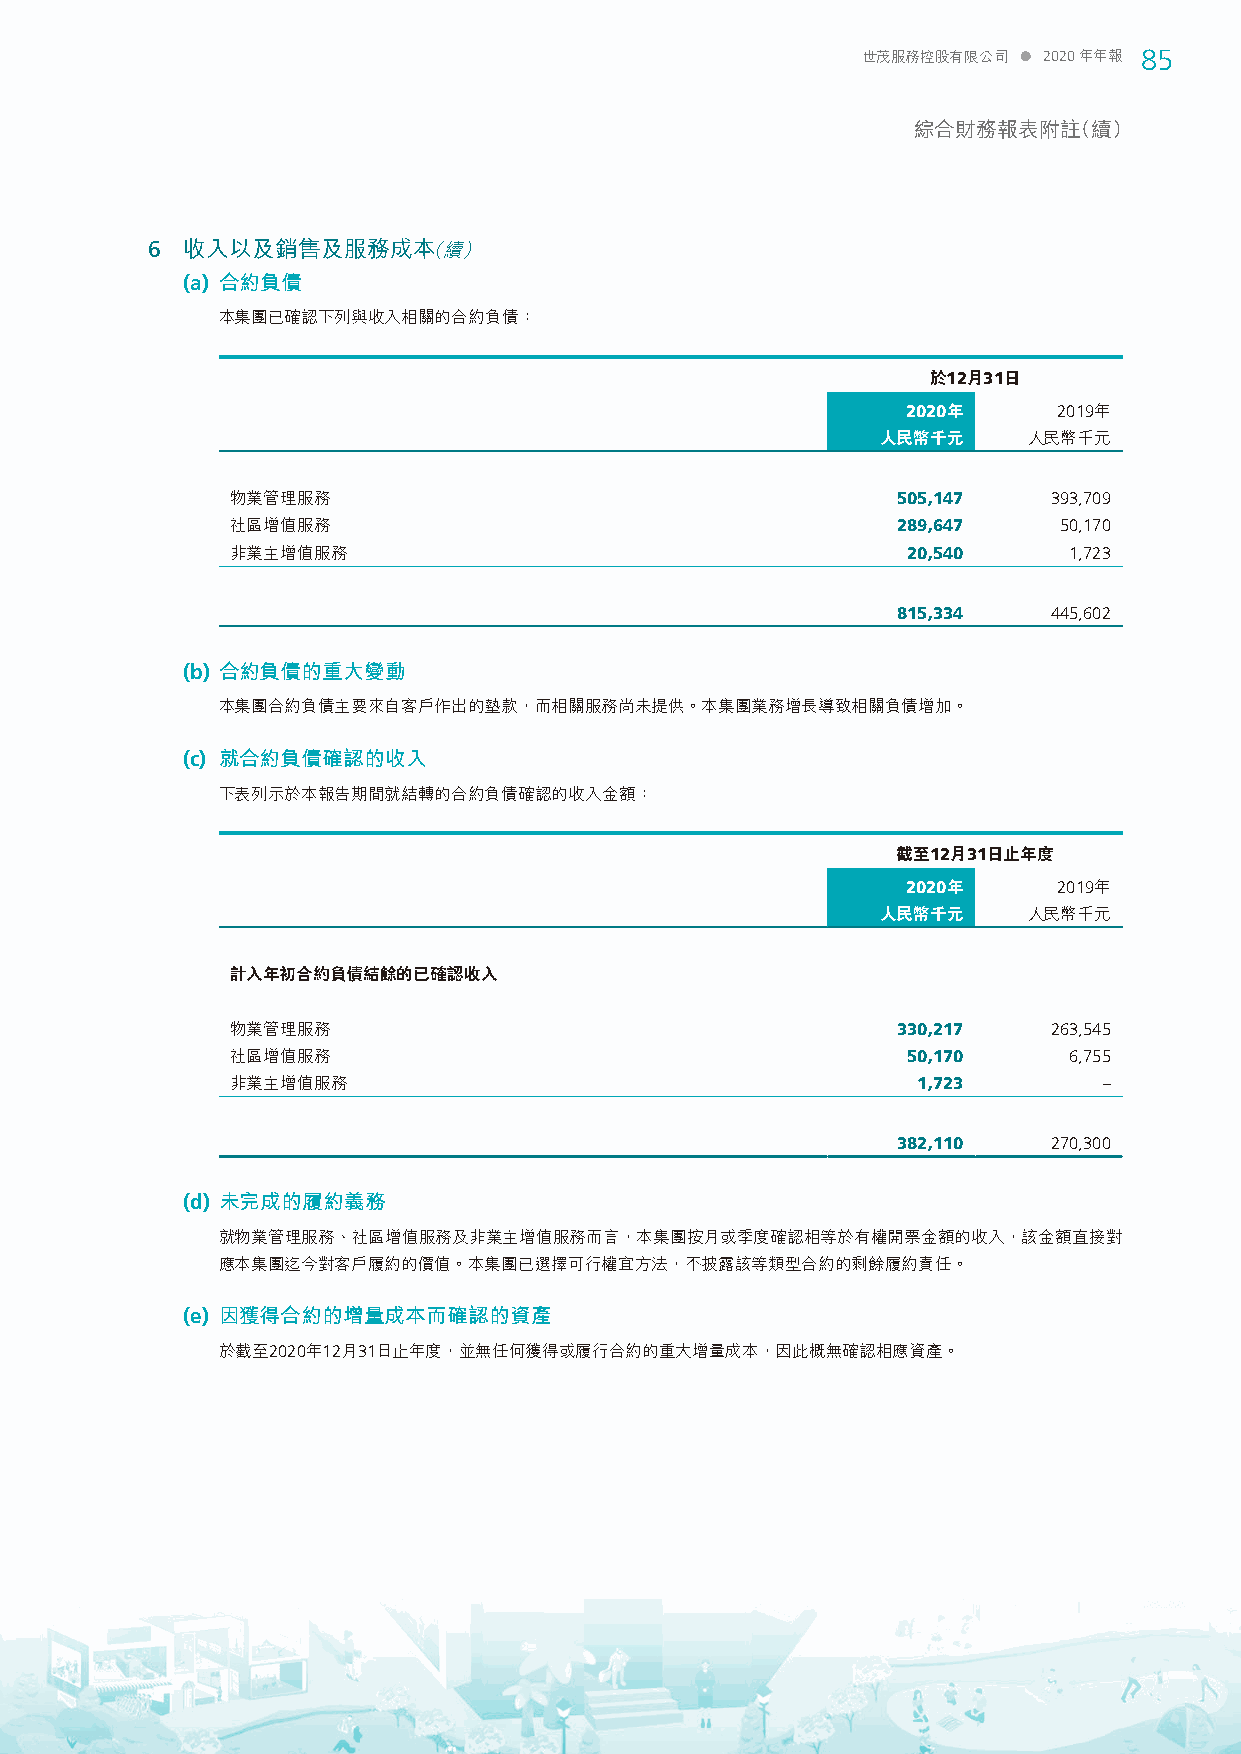
世茂服務控股有限公司  2020年年報 85
 綜合財務報表附註（續）
 6 收入以及銷售及服務成本（續）
 (a) 合約負債
 本集團已確認下列與收入相關的合約負債：
 於12月31日
 2020年     2019年
 人民幣千元     人民幣千元
 物業管理服務                                      505,147    393,709
 社區增值服務                                      289,647    50,170
 非業主增值服務                                      20,540     1,723
 815,334    445,602
 (b) 合約負債的重大變動
 本集團合約負債主要來自客戶作出的墊款，而相關服務尚未提供。本集團業務增長導致相關負債增加。
 (c) 就合約負債確認的收入
 下表列示於本報告期間就結轉的合約負債確認的收入金額：
 截至12月31日止年度
 2020年     2019年
 人民幣千元     人民幣千元
 計入年初合約負債結餘的已確認收入
 物業管理服務                                      330,217    263,545
 社區增值服務                                       50,170     6,755
 非業主增值服務                                       1,723       –
 382,110    270,300
 (d) 未完成的履約義務
 就物業管理服務、社區增值服務及非業主增值服務而言，本集團按月或季度確認相等於有權開票金額的收入，該金額直接對
 應本集團迄今對客戶履約的價值。本集團已選擇可行權宜方法，不披露該等類型合約的剩餘履約責任。
 (e) 因獲得合約的增量成本而確認的資產
 於截至2020年12月31日止年度，並無任何獲得或履行合約的重大增量成本，因此概無確認相應資產。